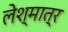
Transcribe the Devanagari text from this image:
लेश्मात्र